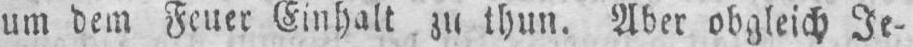
um dem Feuer Einhalt zu thun. Aber obgleich Je⸗